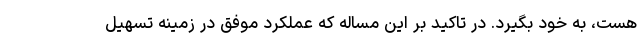
هست، به خود بگیرد. در تاکید بر این مساله که عملکرد موفق در زمینه تسهیل